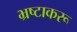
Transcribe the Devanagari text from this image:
भ्रष्टाकरू